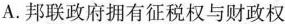
A.邦联政府拥有征税权与财政权